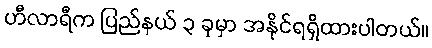
ဟီလာရီက ပြည်နယ် ၃ ခုမှာ အနိုင်ရရှိထားပါတယ်။